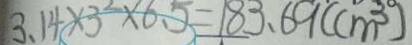
3 . 1 4 \times 3 ^ { 2 } \times 6 . 5 = 1 8 3 . 6 9 ( c m ^ { 3 } )